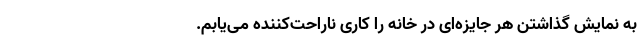
به نمایش گذاشتن هر جایزه‌ای در خانه را کاری ناراحت‌کننده می‌یابم.